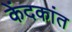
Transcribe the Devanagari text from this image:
केंदकांत